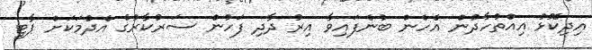
އިދިކޮޅު އިއްތުހާދުން އެހެން ބުނެފައިވާ އިރު ދާދި ފަހުން ސަރުކާރުގެ އެދުމަކަށް ޕާޓީ